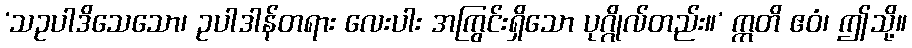
‘သဥပါဒိသေသော၊ ဥပါဒါန်တရား လေးပါး အကြွင်းရှိသော ပုဂ္ဂိုလ်တည်း။’ ဣတိ ဧဝံ၊ ဤသို့။